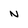
Character: N